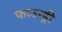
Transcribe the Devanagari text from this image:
फाउन्ड्री